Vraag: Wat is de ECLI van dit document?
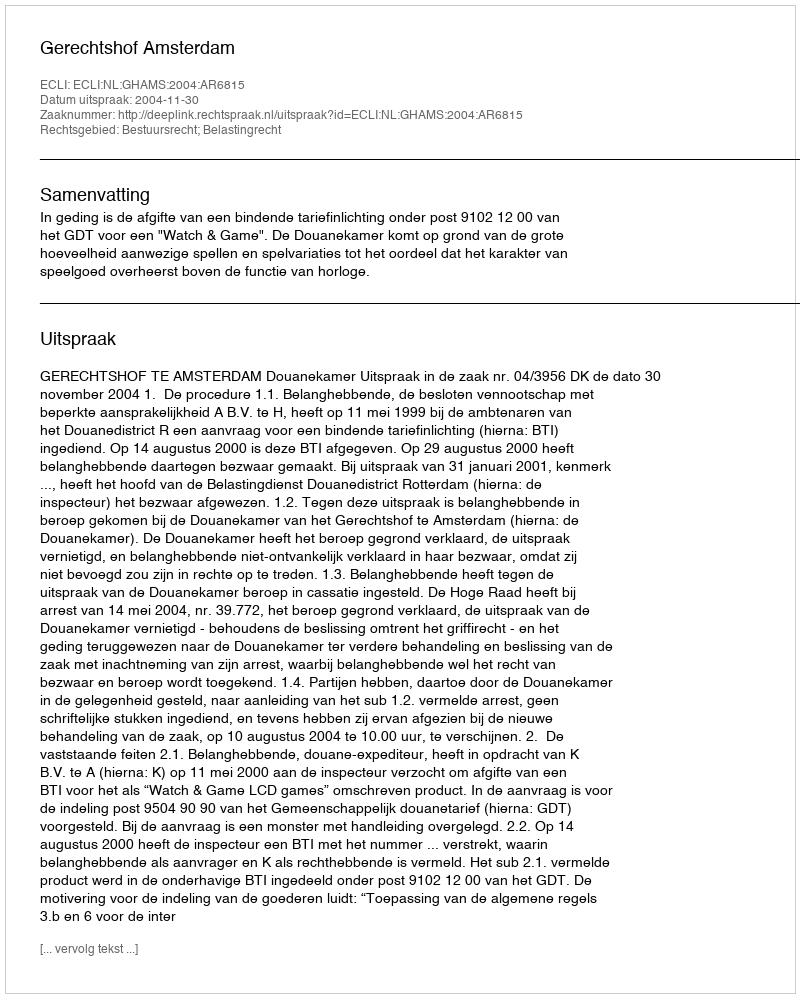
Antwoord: ECLI:NL:GHAMS:2004:AR6815